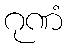
ဂုဏံ